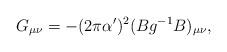
LaTeX: \begin{align*} G_{\mu\nu}=-(2\pi\alpha')^2(Bg^{-1}B)_{\mu\nu},\end{align*}